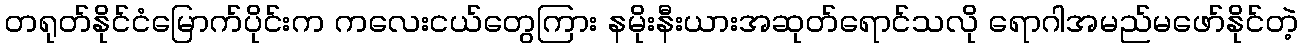
တရုတ်နိုင်ငံမြောက်ပိုင်းက ကလေးငယ်တွေကြား နမိုးနီးယားအဆုတ်ရောင်သလို ရောဂါအမည်မဖော်နိုင်တဲ့